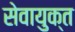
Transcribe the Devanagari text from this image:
सेवायुक्त